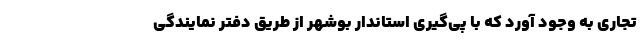
تجاری به وجود آورد که با پی‌گیری استاندار بوشهر از طریق دفتر نمایندگی